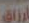
أرزاق